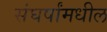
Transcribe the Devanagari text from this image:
संघर्षांमधील